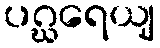
ပဂ္ဃရေယျ